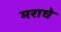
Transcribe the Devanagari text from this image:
मराघे